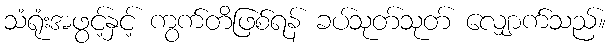
သံရုံးအဖွင့်နှင့် ကွက်တိဖြစ်ရန် ခပ်သုတ်သုတ် လျှောက်သည်။